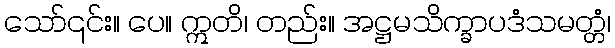
သော်၎င်း။ ပေ။ ဣတိ၊ တည်း။ အဋ္ဌမသိက္ခာပဒံသမတ္တံ၊